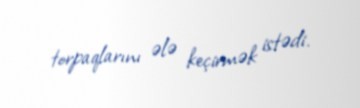
torpaqlarını ələ keçirmək istədi.